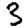
Digit: 3